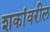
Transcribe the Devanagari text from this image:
शकांवरील